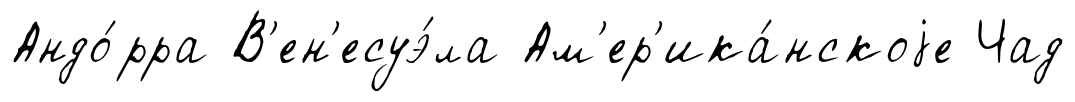
Андо́рра В'ен'есуэ́ла Ам'ер'ика́нскоjе Чад